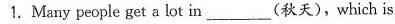
1.Many people get a lot in ___ (秋天),which is